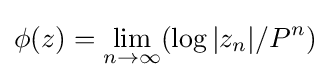
\phi (z)=\lim _{n\to \infty }(\log |z_{n}|/P^{n})